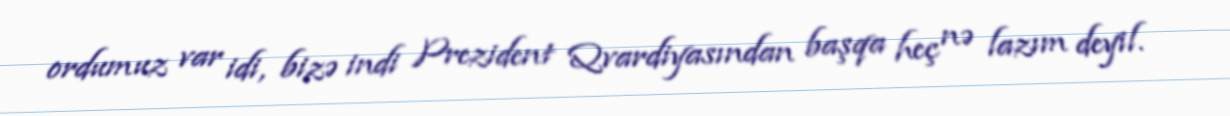
ordumuz var idi, bizə indi Prezident Qvardiyasından başqa heç nə lazım deyil.